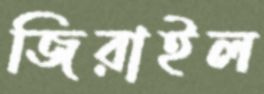
জিরাইল